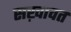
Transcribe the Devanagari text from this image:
सख़ावत